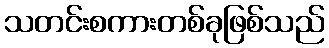
သတင်းစကားတစ်ခုဖြစ်သည်